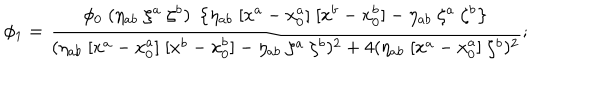
\phi _ { 1 } = { \frac { \phi _ { 0 } \; ( \eta _ { a b } \; \zeta ^ { a } \; \zeta ^ { b } ) \; \left\{ \eta _ { a b } \; [ x ^ { a } - x _ { 0 } ^ { a } ] \; [ x ^ { b } - x _ { 0 } ^ { b } ] - \eta _ { a b } \; \zeta ^ { a } \; \zeta ^ { b } \right\} } { ( \eta _ { a b } \; [ x ^ { a } - x _ { 0 } ^ { a } ] \; [ x ^ { b } - x _ { 0 } ^ { b } ] - \eta _ { a b } \; \zeta ^ { a } \; \zeta ^ { b } ) ^ { 2 } + 4 ( \eta _ { a b } \; [ x ^ { a } - x _ { 0 } ^ { a } ] \; \zeta ^ { b } ) ^ { 2 } } } ;